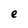
Character: e